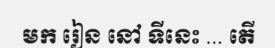
មក រៀន នៅ ទីនេះ ... តើ